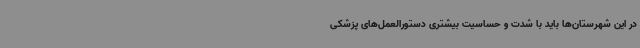
در این شهرستان‌ها باید با شدت و حساسیت بیشتری دستورالعمل‌های پزشکی